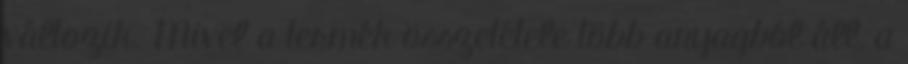
változik. Mivel a termék összetétele több anyagból áll, a